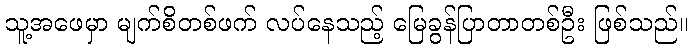
သူ့အဖေမှာ မျက်စိတစ်ဖက် လပ်နေသည့် မြေခွန်ပြာတာတစ်ဦး ဖြစ်သည်။